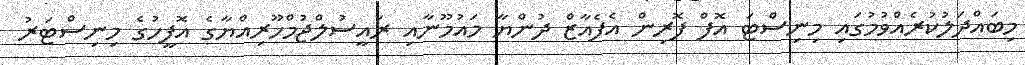
މިބައްދަލުކުރެއްވުމުގައި މިނިސްޓަ އޮފް ފޮރިން އެފެއާޒް ދުންޔާ މައުމޫނާއި ރައީސުލްޖުމްހޫރިއްޔާގެ އޮފީހުގެ މިނިސްޓަރު